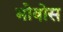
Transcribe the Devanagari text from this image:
भोवोस